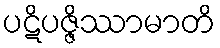
ပဋိပဇ္ဇိဿာမာတိ